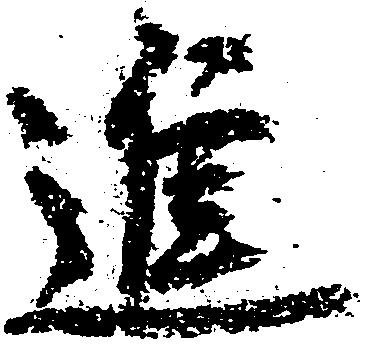
進